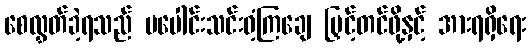
စေလွှတ်ခဲ့ရသည် မပေါင်းသင်းဝံ့ကြချေ မြှင့်တင်ဖို့နှင့် အားရရှိရေး